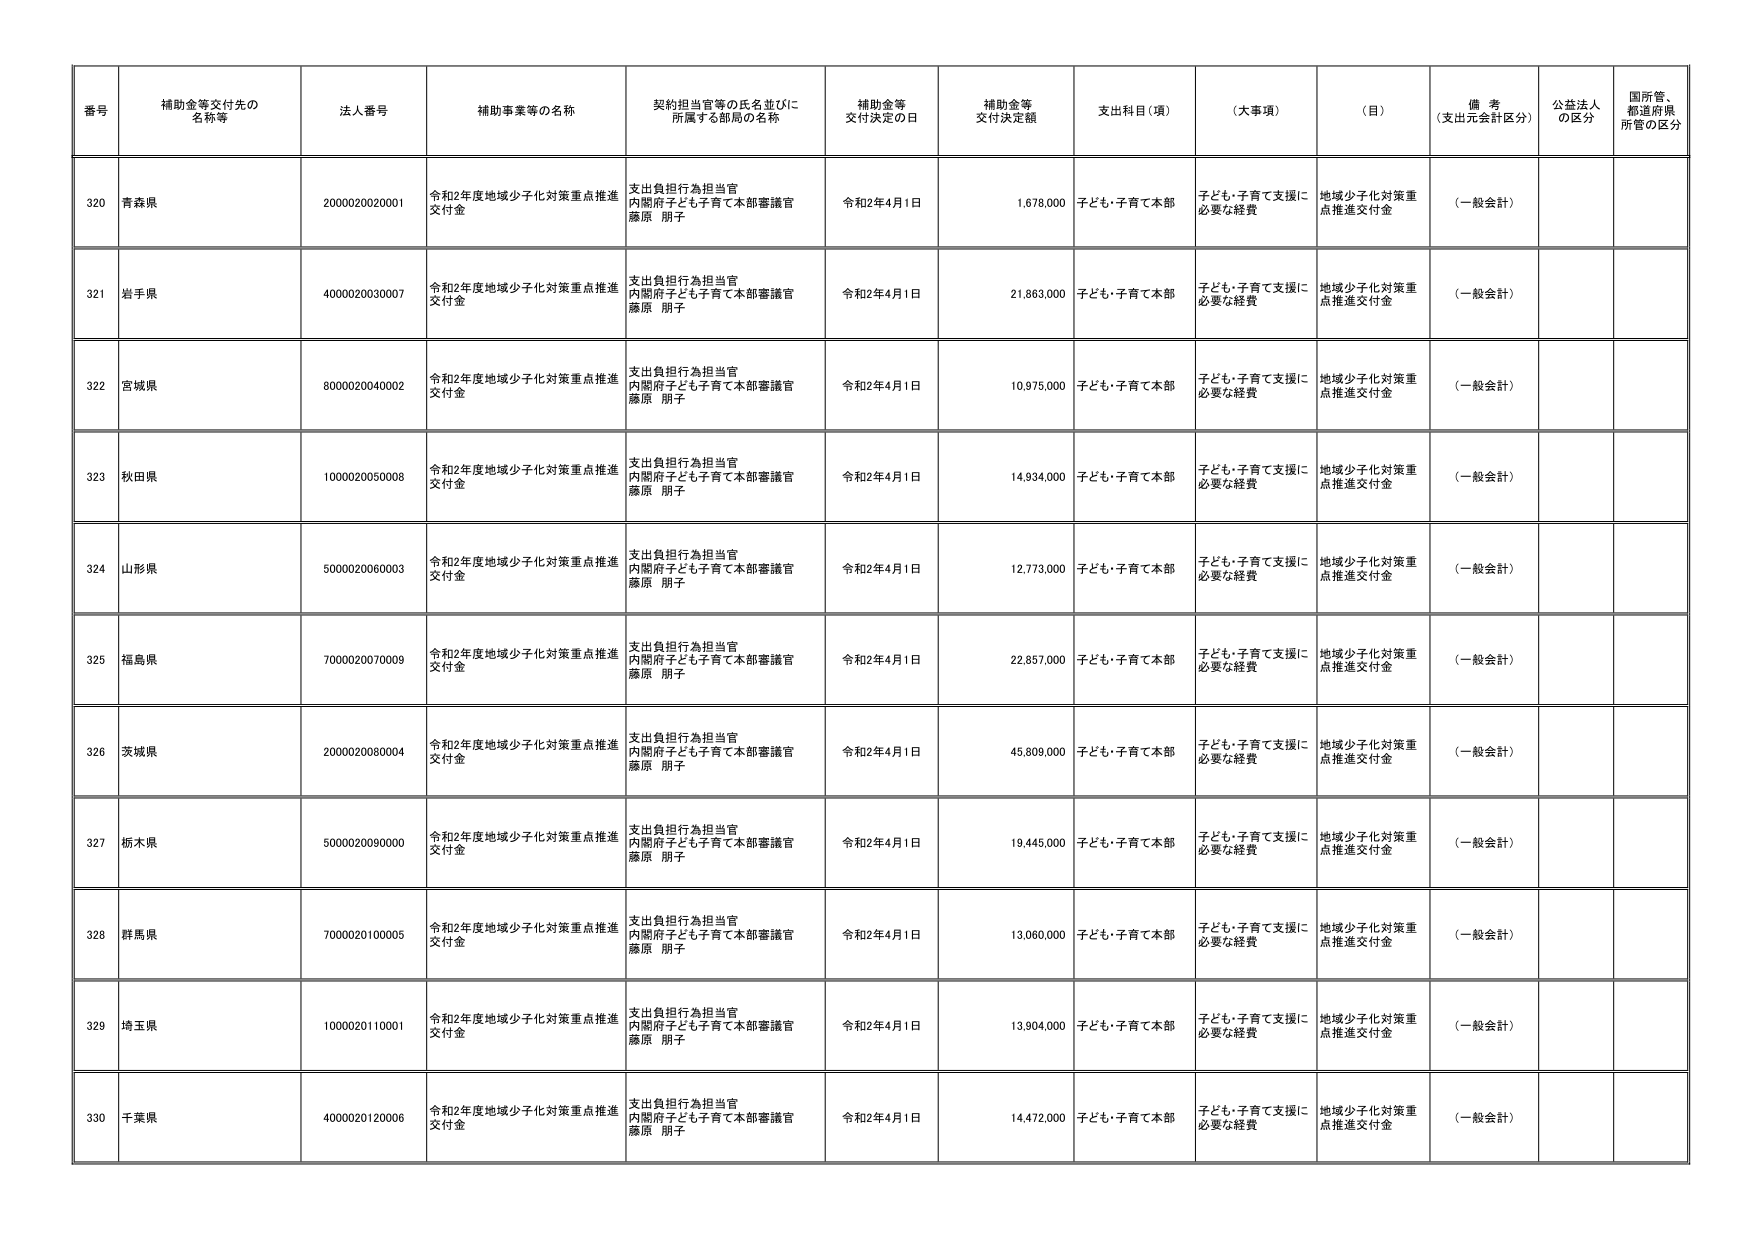
番号 補助金等交付先の名称等 法人番号 補助事業等の名称 契約担当官等の氏名並びに所属する部局の名称 補助金等交付決定の日 補助金等交付決定額 支出科目（項） （大事項） （目） 備考（支出元会計区分） 公益法人の区分 国所管、都道府県所管の区分
320 青森県 2000020020001 令和2年度地域少子化対策重点推進交付金 支出負担行為担当官 内閣府子ども子育て本部審議官 藤原 朋子 令和2年4月1日 1,678,000 子ども・子育て本部 子ども・子育て支援に必要な経費 地域少子化対策重点推進交付金 （一般会計）
321 岩手県 4000020030007 令和2年度地域少子化対策重点推進交付金 支出負担行為担当官 内閣府子ども子育て本部審議官 藤原 朋子 令和2年4月1日 21,863,000 子ども・子育て本部 子ども・子育て支援に必要な経費 地域少子化対策重点推進交付金 （一般会計）
322 宮城県 8000020040002 令和2年度地域少子化対策重点推進交付金 支出負担行為担当官 内閣府子ども子育て本部審議官 藤原 朋子 令和2年4月1日 10,975,000 子ども・子育て本部 子ども・子育て支援に必要な経費 地域少子化対策重点推進交付金 （一般会計）
323 秋田県 1000020050008 令和2年度地域少子化対策重点推進交付金 支出負担行為担当官 内閣府子ども子育て本部審議官 藤原 朋子 令和2年4月1日 14,934,000 子ども・子育て本部 子ども・子育て支援に必要な経費 地域少子化対策重点推進交付金 （一般会計）
324 山形県 5000020060003 令和2年度地域少子化対策重点推進交付金 支出負担行為担当官 内閣府子ども子育て本部審議官 藤原 朋子 令和2年4月1日 12,773,000 子ども・子育て本部 子ども・子育て支援に必要な経費 地域少子化対策重点推進交付金 （一般会計）
325 福島県 7000020070009 令和2年度地域少子化対策重点推進交付金 支出負担行為担当官 内閣府子ども子育て本部審議官 藤原 朋子 令和2年4月1日 22,857,000 子ども・子育て本部 子ども・子育て支援に必要な経費 地域少子化対策重点推進交付金 （一般会計）
326 茨城県 2000020080004 令和2年度地域少子化対策重点推進交付金 支出負担行為担当官 内閣府子ども子育て本部審議官 藤原 朋子 令和2年4月1日 45,809,000 子ども・子育て本部 子ども・子育て支援に必要な経費 地域少子化対策重点推進交付金 （一般会計）
327 栃木県 5000020090000 令和2年度地域少子化対策重点推進交付金 支出負担行為担当官 内閣府子ども子育て本部審議官 藤原 朋子 令和2年4月1日 19,445,000 子ども・子育て本部 子ども・子育て支援に必要な経費 地域少子化対策重点推進交付金 （一般会計）
328 群馬県 7000020100005 令和2年度地域少子化対策重点推進交付金 支出負担行為担当官 内閣府子ども子育て本部審議官 藤原 朋子 令和2年4月1日 13,060,000 子ども・子育て本部 子ども・子育て支援に必要な経費 地域少子化対策重点推進交付金 （一般会計）
329 埼玉県 1000020110001 令和2年度地域少子化対策重点推進交付金 支出負担行為担当官 内閣府子ども子育て本部審議官 藤原 朋子 令和2年4月1日 13,904,000 子ども・子育て本部 子ども・子育て支援に必要な経費 地域少子化対策重点推進交付金 （一般会計）
330 千葉県 4000020120006 令和2年度地域少子化対策重点推進交付金 支出負担行為担当官 内閣府子ども子育て本部審議官 藤原 朋子 令和2年4月1日 14,472,000 子ども・子育て本部 子ども・子育て支援に必要な経費 地域少子化対策重点推進交付金 （一般会計）